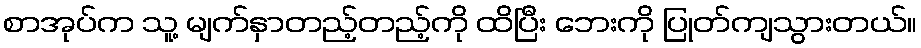
စာအုပ်က သူ့ မျက်နှာတည့်တည့်ကို ထိပြီး ဘေးကို ပြုတ်ကျသွားတယ်။